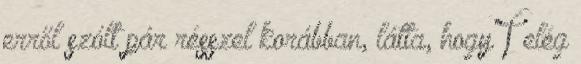
erről szólt pár résszel korábban, látta, hogy T elég